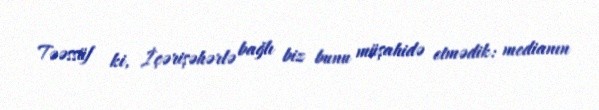
Təəssüf ki, İçərişəhərlə bağlı biz bunu müşahidə etmədik: medianın